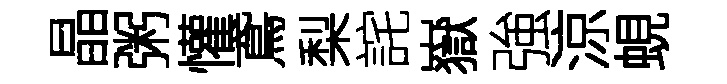
晶粥懽鳶梨詫嶽強涼蜆